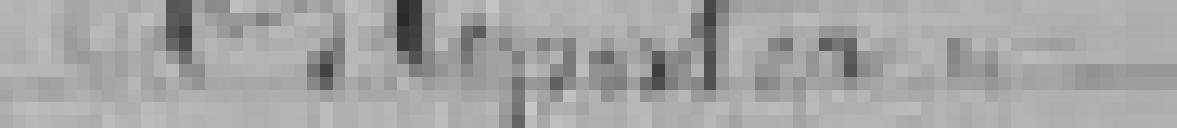
Reporter